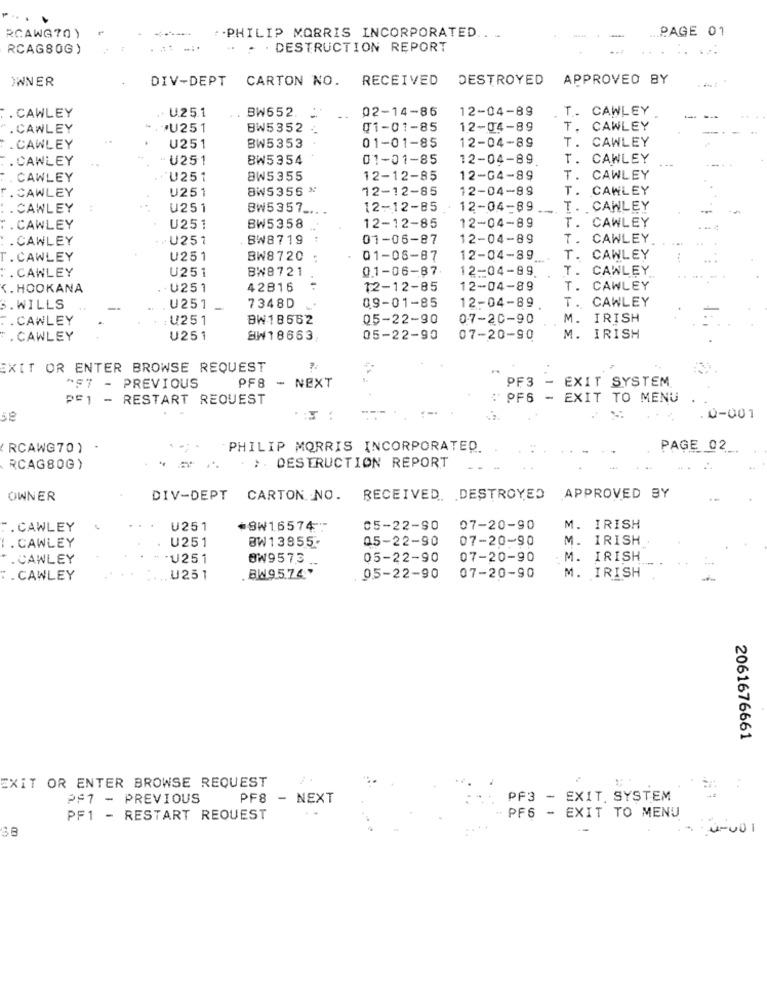
PAGE 01
RCAWG70 )
:. PHILIP MORRIS INCORPORATED .. .
RCAG80G)
: . DESTRUCTION REPORT
. ..
. ...
OWNER
DIV-DEPT
CARTON NO. RECEIVED
DESTROYED
APPROVED BY
U.25.1
BW652.
02-14-86
12-04-89
T. CAWLEY
. CAWLEY
. CAWLEY
·U251
BW5352
01-01-85
12-04-89
T. CAWLEY
12-04-89
T. CAWLEY
. CAWLEY
U251
BW5353
01-01-85
. CAWLEY
U251
BW5354
01-01-85
12-04-89
T. CAWLEY
CAWLEY
U251
BW5355
12-12-85
12-04-89
T. CAWLEY
. CAWLEY
U251
8W5356 "
12-12-85
12-04-89
T. CAWLEY
.CAWLEY
U251
8W5357_
12-12-85
12-04-89
T. CAWLEY
T. CAWLEY
. CAWLEY
U251
BW5358
12-12-85
12-04-89
. CAWLEY
.U251
BW8719
01-06-87
12-04-89
T. CAWLEY
. CAWLEY
U251
BW8720
01-06-87
12-04-89
T. CAWLEY
U251
BW8721
01-06-87.
12-04-89.
T.
CAWLEY
. CAWLEY
<. HOOKANA
U251
42816
12-12-85
12-04-89
T.
CAWLEY
T. CAWLEY
. WILLS
U251
7348D
09-01-85
12-04-89
. CAWLEY
U251
BW18562
05-22-90
07-20-90
M. IRISH
. CAWLEY
U251
SW18663,
05-22-90
07-20-90
M. IRISH
EXIT OR ENTER BROWSE REQUEST
PF3
-
EXIT SYSTEM
^57 - PREVIOUS
PF8 - NEXT
PE1 - RESTART REQUEST
: PF6 - EXIT TO MENU
se
0-001
RCAWG70)
PHILIP MORRIS INCORPORATED.
PAGE 02 _.
RCAG80G)
. > DESTRUCTION REPORT
OWNER
DIV-DEPT CARTON NO. RECEIVED. DESTROYED APPROVED BY
. CAWLEY
U251
+8W16574
05-22-90
07-20-90
M. IRISH
.CAWLEY
U251
BW13855-
05-22-90
07-20-90
M. IRISH
.CAWLEY
-U251
BW957.3.
05-22-90
07-20-90
M. IRISH
.CAWLEY
.U251
. BW95.74
. 05-22-90
07-20-90
M. IRISH
2061676661
EXIT OR ENTER BROWSE REQUEST
PF7 - PREVIOUS
PF8
- NEXT
PF3 - EXIT. SYSTEM
PF1 - RESTART REQUEST
PF6 - EXIT TO MENU